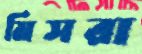
মিসরা